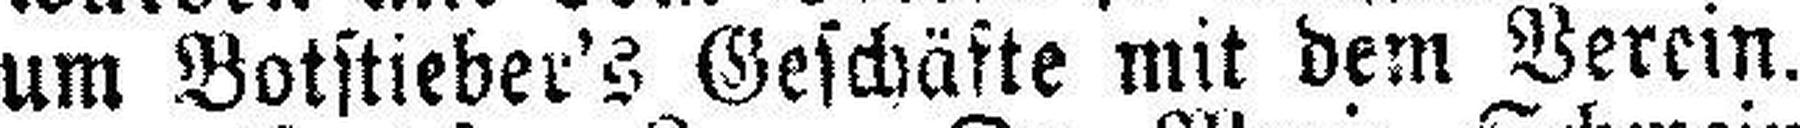
um Botstieber's Geschäfte mit dem Verein.